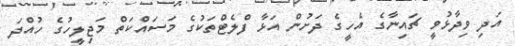
އަދި ވިދާޅުވީ ޗައިނާގެ އެހީގެ ދަށުން އަޅާ ފްލެޓްތަކުގެ މަސައްކަތް މަޖިލީހުގެ ހުއްދަ